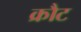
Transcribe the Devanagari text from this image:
क्रौट